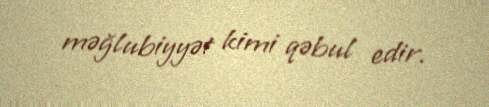
məğlubiyyət kimi qəbul edir.